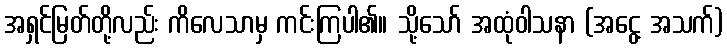
အရှင်မြတ်တို့လည်း ကိလေသာမှ ကင်းကြပါ၏။ သို့သော် အထုံဝါသနာ (အငွေ့ အသက်)